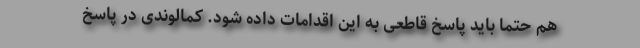
هم حتما باید پاسخ قاطعی به این اقدامات داده شود. کمالوندی در پاسخ